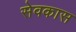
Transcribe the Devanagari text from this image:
सेवकास